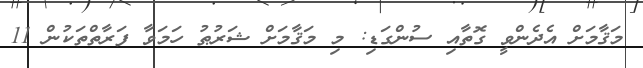
މަޤާމަށް އެދެންވީ ގޮތާއި ސުންގަޑި: މި މަޤާމަށް ޝަރުޠު ހަމަވާ ފަރާތްތަކުން 11